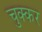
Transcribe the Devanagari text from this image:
चुक्कर